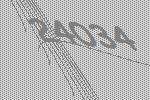
24034